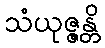
သံယုဇ္ဇန္တိ